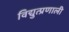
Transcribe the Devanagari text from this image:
विद्युत्प्रणाली